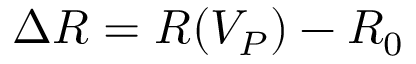
\Delta R = R ( V _ { P } ) - R _ { 0 }